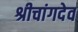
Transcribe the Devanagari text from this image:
श्रीचांगदेव